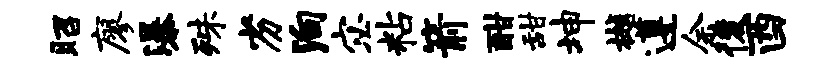
昭廖瀑殊劣殉宓粘箭酣甜坤樾遵余後酉